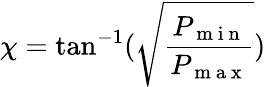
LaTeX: \chi=\tan^{-1}(\sqrt{\frac{P_{\mathrm{~m~i~n~}}}{P_{\mathrm{~m~a~x~}}}})